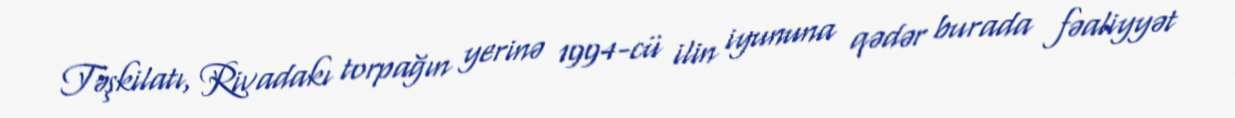
Təşkilatı, Rivadakı torpağın yerinə 1994-cü ilin iyununa qədər burada fəaliyyət